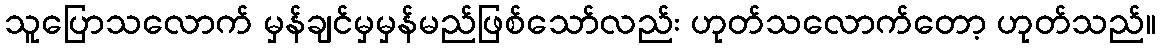
သူပြောသလောက် မှန်ချင်မှမှန်မည်ဖြစ်သော်လည်း ဟုတ်သလောက်တော့ ဟုတ်သည်။